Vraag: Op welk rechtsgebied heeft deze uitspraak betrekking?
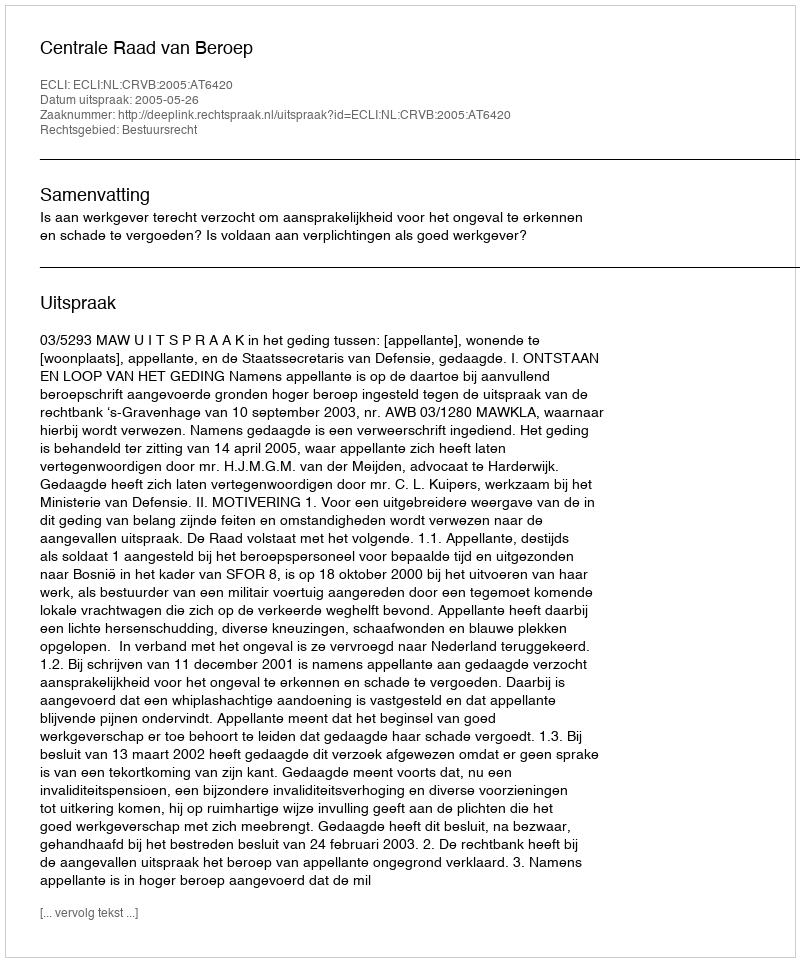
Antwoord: Bestuursrecht